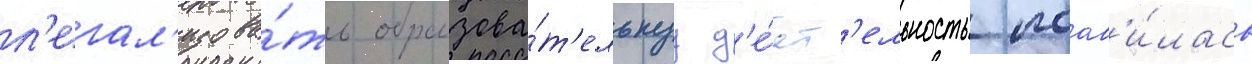
л'егал'изова́ть образова́т'ельнуу д'е́ят'ельность поав'и́лась